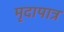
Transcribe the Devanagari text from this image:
मृदापात्र